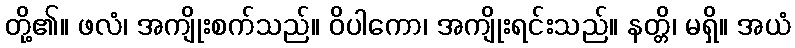
တို့၏။ ဖလံ၊ အကျိုးစက်သည်။ ဝိပါကော၊ အကျိုးရင်းသည်။ နတ္တိ၊ မရှိ။ အယံ